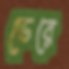
ডেরে